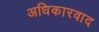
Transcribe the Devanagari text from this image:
अधिकारवाद